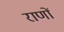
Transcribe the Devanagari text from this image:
राणों